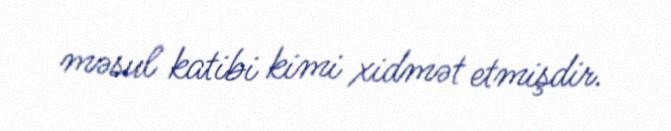
məsul katibi kimi xidmət etmişdir.